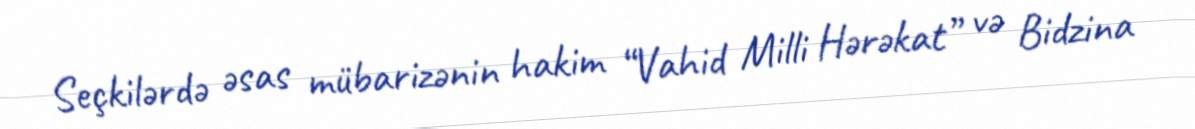
Seçkilərdə əsas mübarizənin hakim “Vahid Milli Hərəkat” və Bidzina